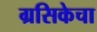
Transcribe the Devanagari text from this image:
ग्रसिकेचा